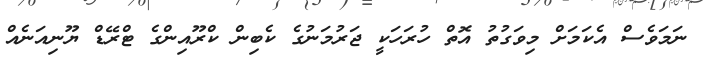
ނަމަވެސް އެކަމަށް މިވަގުތު އޮތް ހުރަހަކީ ޖަރުމަނުގެ ކެބިން ކްރޫއިންގެ ޓްރޭޑް ޔޫނިއަނެއް